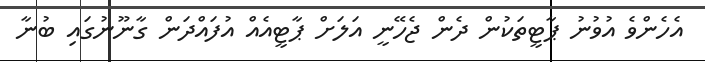
އެހެންވެ އުވުނު ޕާޓީތަކުން ދެން ޖެހޭނީ އަލަށް ޕާޓީއެއް އުފައްދަން ގާނޫނުގައި ބުނާ